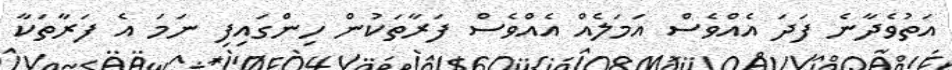
އަތުވެދާނެ ފަދަ އެއްވެސް އަމަލެއް އެއްވެސް ފަރާތަކުން ހިންގައިފި ނަމަ އެ ފަރާތަކާ